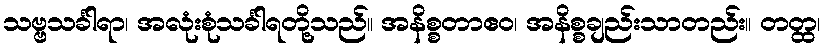
သဗ္ဗသင်္ခါရာ၊ အလုံးစုံသင်္ခါရတို့သည်။ အနိစ္စတာဧဝ၊ အနိစ္စချည်းသာတည်း။ တတ္ထ၊